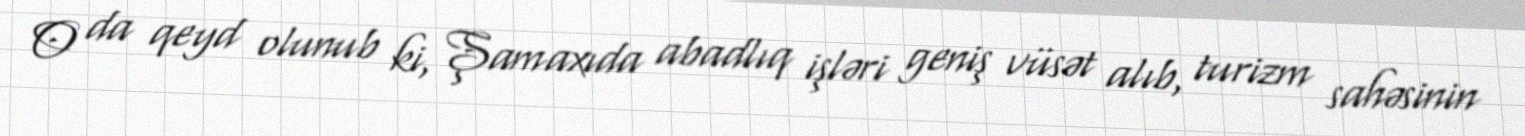
O da qeyd olunub ki, Şamaxıda abadlıq işləri geniş vüsət alıb, turizm sahəsinin